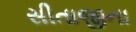
સીતાજીના